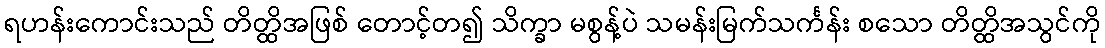
ရဟန်းကောင်းသည် တိတ္ထိအဖြစ် တောင့်တ၍ သိက္ခာ မစွန့်ပဲ သမန်းမြက်သင်္ကန်း စသော တိတ္ထိအသွင်ကို